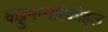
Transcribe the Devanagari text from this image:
कट्टुमन्नारकोइल